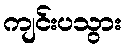
ကျင်းပသွား